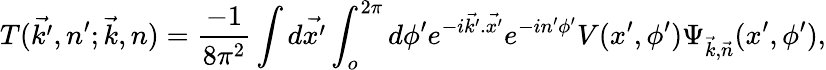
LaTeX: T(\vec{k^{\prime}},n^{\prime};\vec{k},n)=\frac{-1}{8\pi^{2}}\int d\vec{x^{\prime}}\int_{o}^{2\pi}d\phi^{\prime}e^{-i\vec{k^{\prime}}.\vec{x^{\prime}}}e^{-in^{\prime}\phi^{\prime}}V(x^{\prime},\phi^{\prime})\Psi_{\vec{k},\vec{n}}(x^{\prime},\phi^{\prime}),